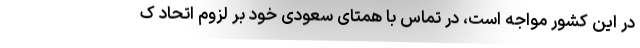
در این کشور مواجه است، در تماس با همتای سعودی خود بر لزوم اتحاد ک